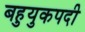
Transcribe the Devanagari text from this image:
बहुयुकपदी